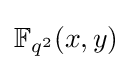
\mathbb {F} _{q^{2}}(x,y)